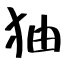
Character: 㹨